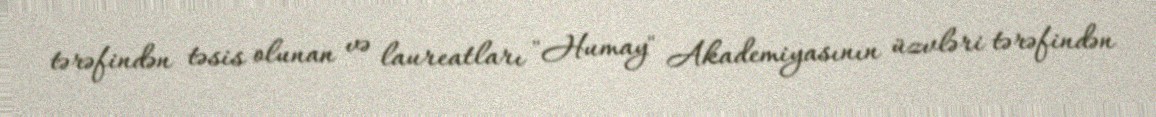
tərəfindən təsis olunan və laureatları "Humay" Akademiyasının üzvləri tərəfindən